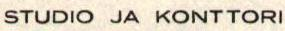
STUDIO JA KONTTORI